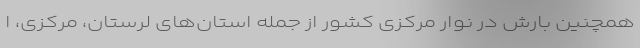
همچنین بارش در نوار مرکزی کشور از جمله استان‌های لرستان، مرکزی، ا